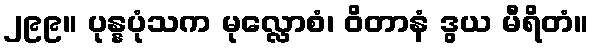
၂၉၉။ ပုန္နပုံသက မုလ္လောစံ၊ ဝိတာနံ ဒွယ မီရိတံ။